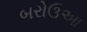
બરોઉઆ